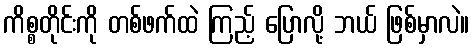
ကိစ္စတိုင်းကို တစ်ဖက်ထဲ ကြည့် ပြောလို့ ဘယ် ဖြစ်မှာလဲ။